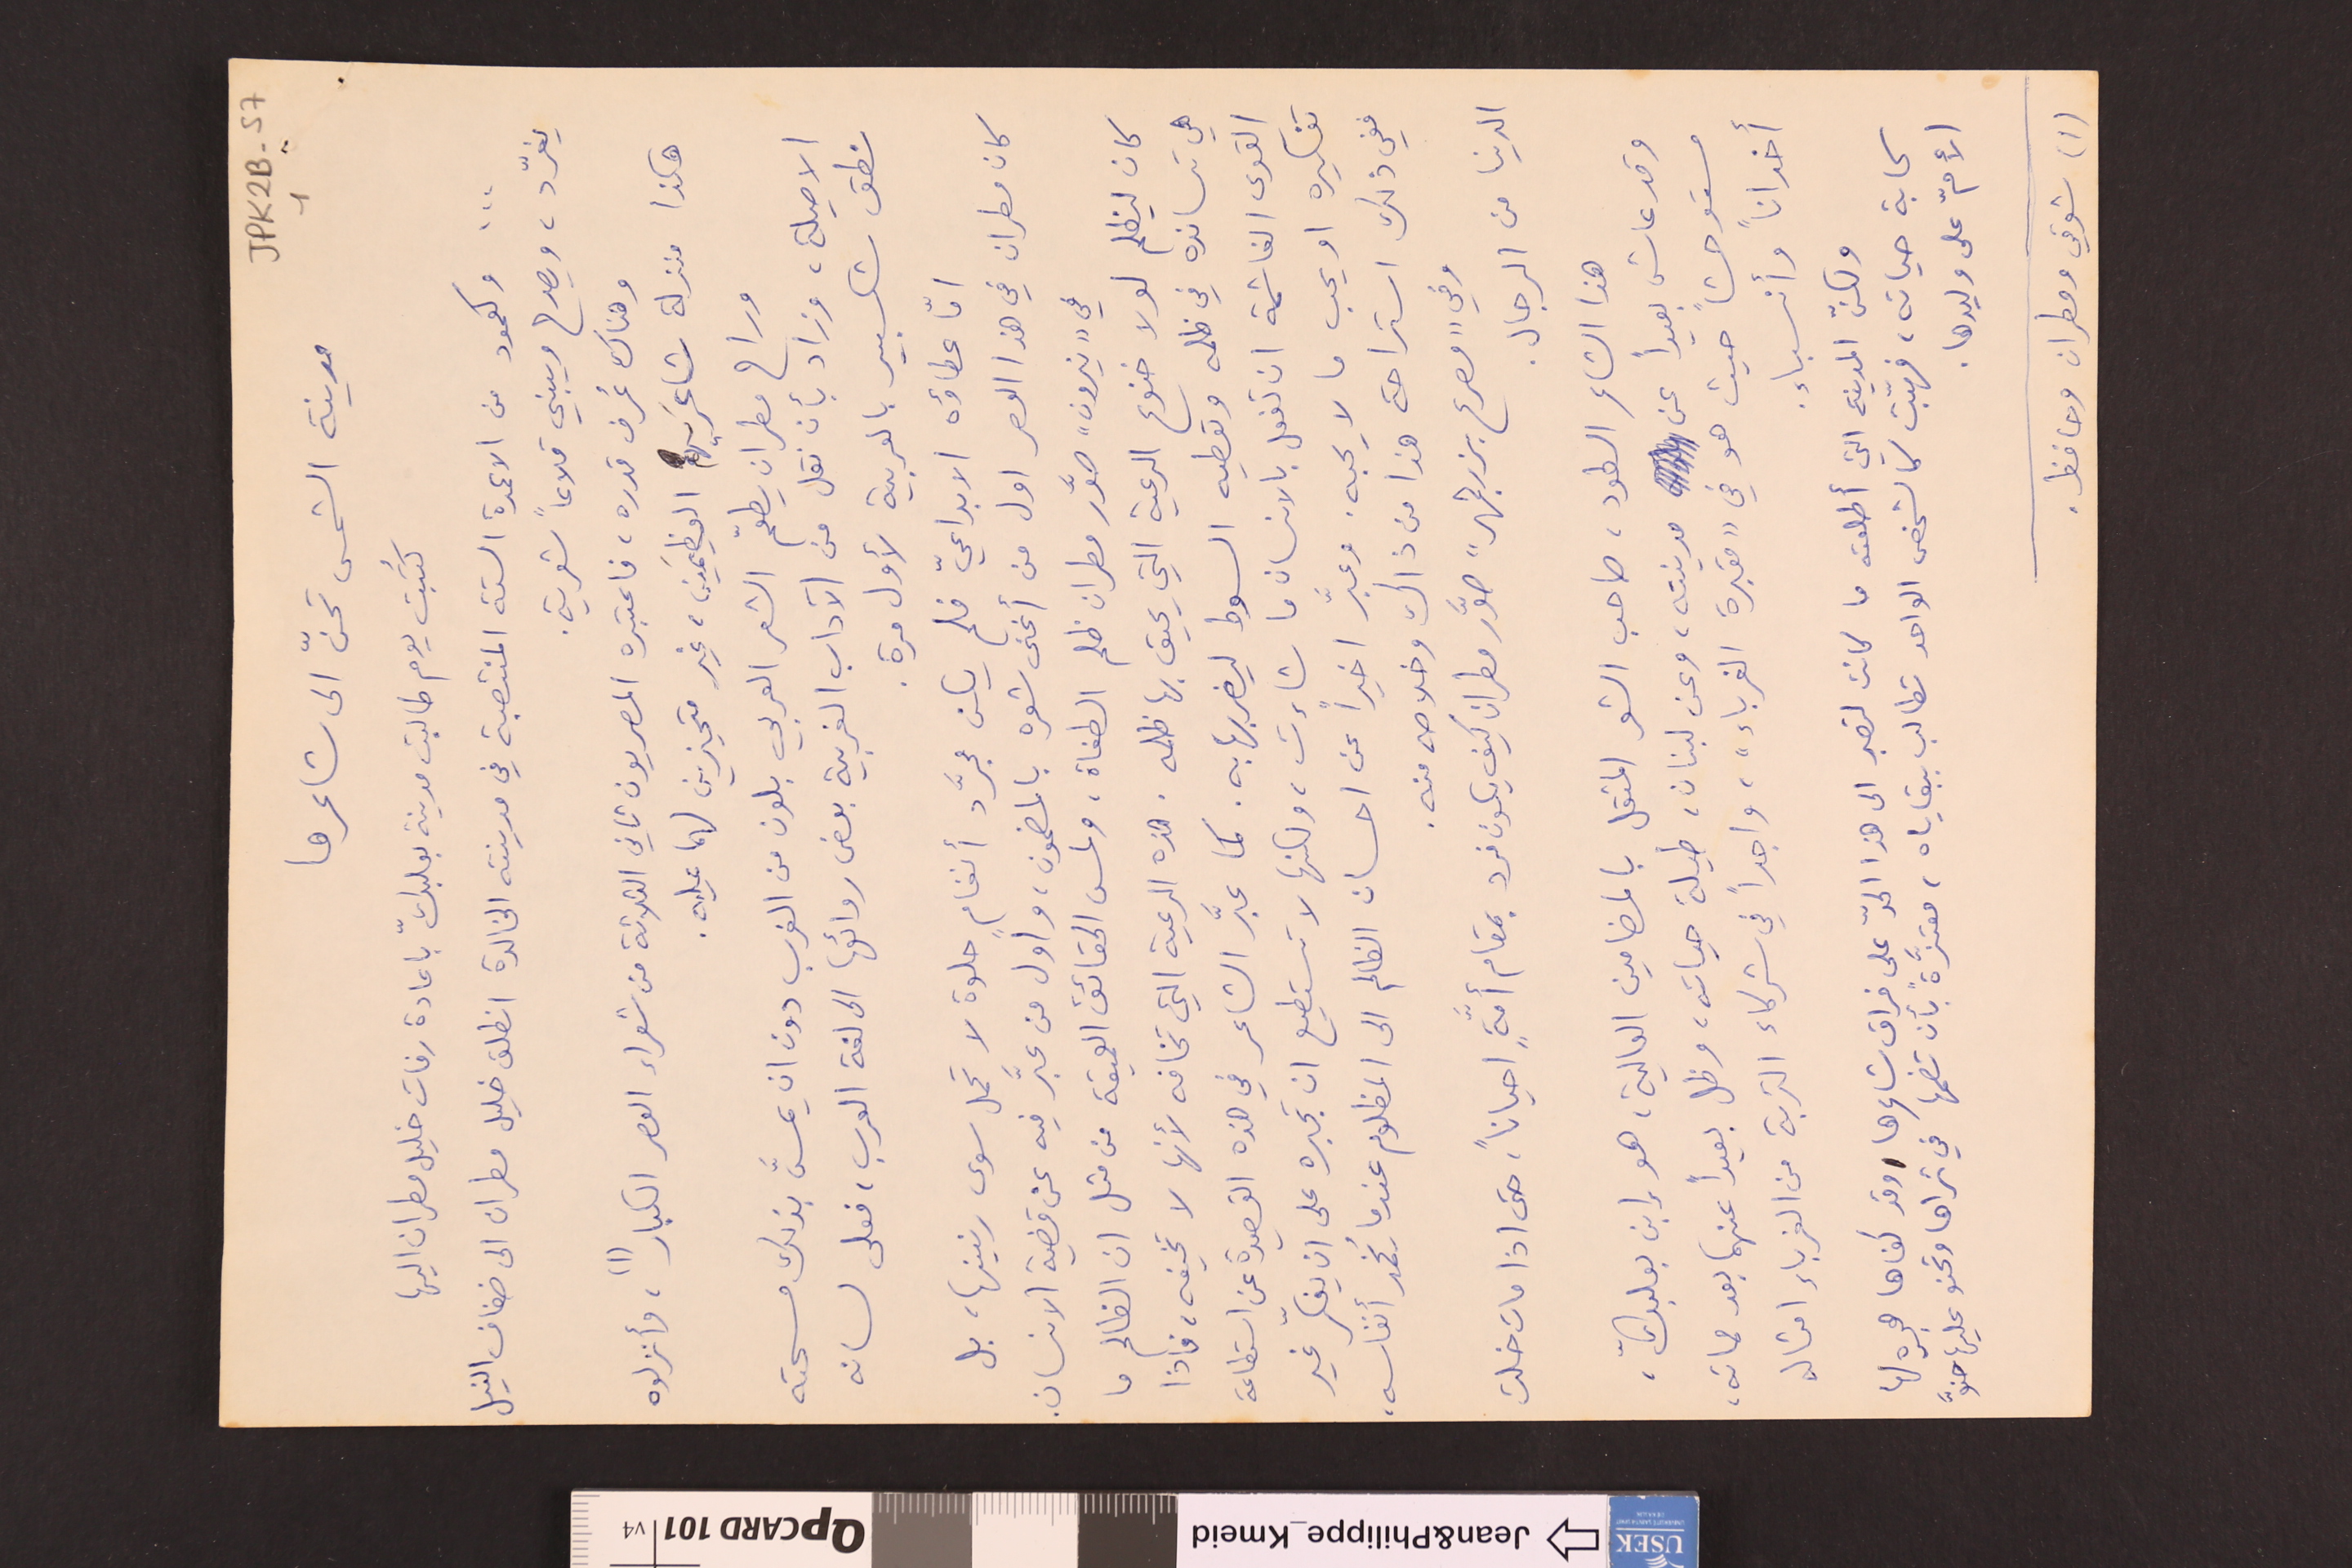
JPK2B-57							1
مدينة الشمس تحنّ الى شاعرها
كُتبت يوم طالبت مدينة بعلبكّ باعادة رفات خليل مطران اليها
... وكعمود من الاعمدة الستة المنتصبة في مدينته الخالدة انطلق خليل مطران الى ضفاف النيل
يغرّد، ويصدح ويبني قلاعاً شعرية.
وهناك عُرف قدره، فاعتبره المصريون ثاني الثلاثة من شعراء العصر الكبار (١)، وأنزلوه
هكذا منزلة شاعرَيهم العظيمَين، غير متحيزين لهما عليه.
وراح مطران يطعّم الشعر العربي بلون من الغرب دون ان يمسَّ بذلك مسحته
الاصيلة، وزاد بأن نقل من الآداب الغربية بعض روائها الى لغة العرب، فعلى لسانه
نطق شكسبير بالعربية لأول مرة.
أمّأ عطاؤه الابداعيّ فلم يكن مجرَّد أنغامٍ حلوة لا تحمل سوى رنينها، بل
كان مطران في هذا العصر اول من أغنى شعره بالمضمون، وأول من عبَّر فيه عن قضية الانسان.
في "نيرون" صوَّر مطران ظلم الطغاة، ولمس الحقائق العميقة من مثل ان الظالم ما
كان ليظلم لولا خنوع الرعية يحيق بها ظلمه. هذه الرعية التي تخافه لأنها لا تخيفه، فاذا
هي تسانده في ظلمه وتعطيه السوط ليضربها به. كما عبَّر الشاعر في هذه القصيدة عن استطاعة
القوى الغاشمة ان تفعل بالانسان ما شاءت، ولكنها لا تستطيع ان تجبره على ان يفكّر غير
تفكيره او يحب ما لا يحبه. وعبَّر اخيراً عن احسان الظالم الى المظلوم عندما يُخمد أنفاسه،
ففي ذلك استراحة هذا من ذاك وخلاصه منه.
وفي "مصرع بزرجمهر" صوَّر مطران كيف يكون فرد بمقام أمَّةٍ احياناً، حتى اذا مات خلت
الدنيا من الرجال.
هذا الشاعر السطود، صاحب الشعر المثقل بالمضامين العالية، هو إبن بعلبكّ،
وقد عاش بعيداً عن مدينته، وعن لبنان، طيلة حياته، وظل بعيداً عنهما بعد مماته،
مستوحشاً حيث هو في "مقبرة الغرباء"، واجداً في شركاء التربة من الغرباء امثاله
أخواناً وأنسباء.
ولكنّ المدينة التي أطلعته ما كانت لتصبر الى هذا الحدّ على فراق شاعرها وقد كفاها هجره لها
سحابة حياته، فهبّت كالشخص الواحد تطالب ببقاياه، معتزّةً بأن تضمها في ثراها وتحنو عليها حنوَّ
الأمّ على وليدها.
(١) شوقي ومطران وحافظ.